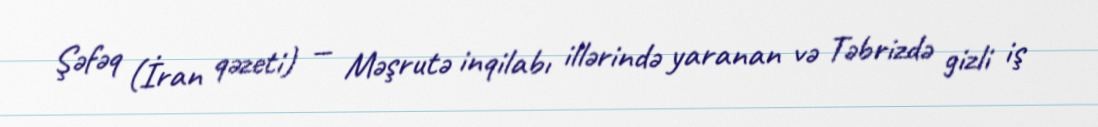
Şəfəq (İran qəzeti) — Məşrutə inqilabı illərində yaranan və Təbrizdə gizli iş